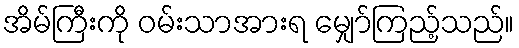
အိမ်ကြီးကို ဝမ်းသာအားရ မျှော်ကြည့်သည်။